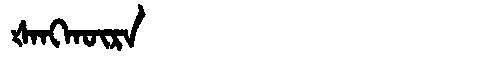
Manchu: ᡧᠠᠩᡴᡡᡵᠠ
Romanization: ŠANGKŪRA